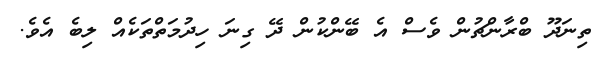
ތިނަދޫ ބްރާންޗުން ވެސް އެ ބޭންކުން ދޭ ގިނަ ހިދުމަތްތަކެއް ލިބެ އެވެ.